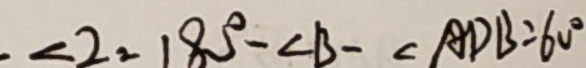
\angle 2 = 1 8 0 ^ { \circ } - \angle B - \angle A D B = 6 0 ^ { \circ }